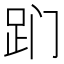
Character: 𬦢